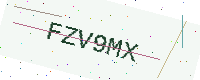
Text: FZV9MX